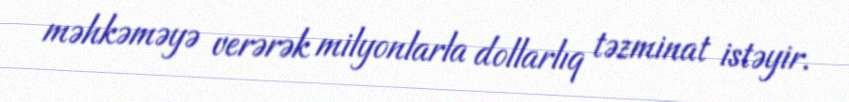
məhkəməyə verərək milyonlarla dollarlıq təzminat istəyir.